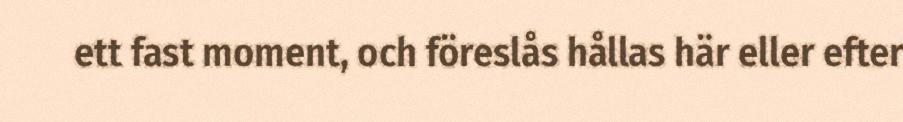
ett fast moment, och föreslås hållas här eller efter